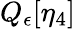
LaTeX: Q_{\epsilon}[\eta_{4}]